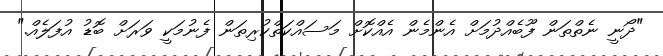
"ދޯނީ ނެތްތަން ފޫބެއްދުމަށް އެންމެން އެއްކޮށް މަސައްކަތްކުރިތަން ފެނުމަކީ ވަރަށް ބޮޑު އުފަލެއް."